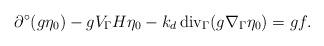
LaTeX: \begin{align*} \partial^\circ(g\eta_0)-gV_\Gamma H\eta_0-k_d\,\mathrm{div}_\Gamma(g\nabla_\Gamma\eta_0) = gf.\end{align*}